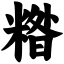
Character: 糌